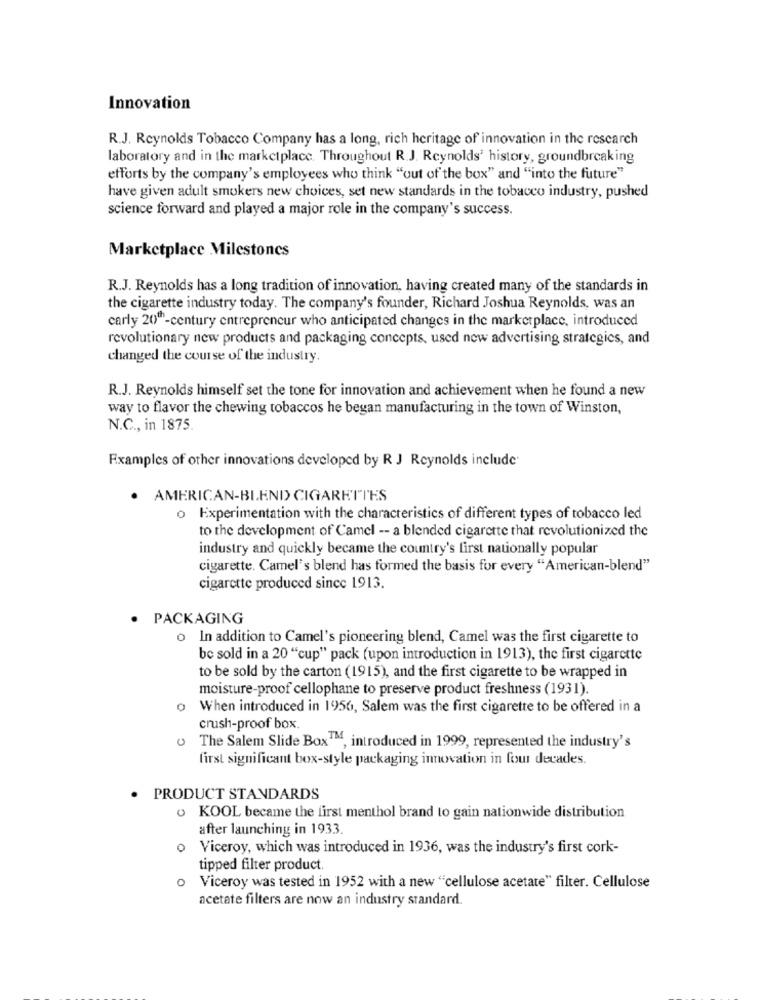
Innovation
R.J. Reynolds Tobacco Company has a long, rich heritage of innovation in the research
laboratory and in the marketplace, Throughout R.J. Reynolds' history, groundbreaking
efforts by the company's employees who think "out of the box" and "into the future"
have given adult smokers new choices, set new standards in the tobacco industry, pushed
science forward and played a major role in the company's success.
Marketplace Milestones
R.J. Reynolds has a long tradition of innovation, having created many of the standards in
the cigarette industry today. The company's founder, Richard Joshua Reynolds, was an
carly 20"-century entrepreneur who anticipated changes in the marketplace, introduced
revolutionary new products and packaging concepts, used new advertising strategies, and
changed the course of the industry.
R.J. Reynolds himself set the tone for innovation and achievement when he found a new
way to flavor the chewing tobaccos he began manufacturing in the town of Winston,
N.C ., in 1875.
Examples of other innovations developed by R J Reynolds include
. AMERICAN-BLEND CIGARETTES
o Experimentation with the characteristics of different types of tobacco led
to the development of Camel -- a blended cigarette that revolutionized the
industry and quickly became the country's first nationally popular
cigarette. Camel's blend has formed the basis for every "American-blend"
cigarette produced since 1913.
. PACKAGING
o In addition to Camel's pioneering blend, Camel was the first cigarette to
be sold in a 20 "cup" pack (upon introduction in 1913), the first cigarette
to be sold by the carton (1915), and the first cigarette to be wrapped in
moisture-proof cellophane to preserve product freshness (1931).
0
When introduced in 1956, Salem was the first cigarette to be offered in a
crush-proof box.
The Salem Slide Box1M, introduced in 1999, represented the industry's
first significant box-style packaging innovation in four decades.
. PRODUCT STANDARDS
o KOOL became the first menthol brand to gain nationwide distribution
after launching in 1933.
0
Viceroy, which was introduced in 1936, was the industry's first cork-
tipped filter product.
Viceroy was tested in 1952 with a new "cellulose acetate" filter. Cellulose
acetate filters are now an industry standard